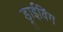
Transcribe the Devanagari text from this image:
ड्राईविंग